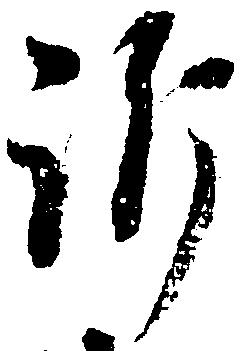
訴